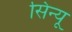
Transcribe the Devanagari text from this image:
सिन्यू